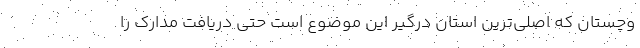
وچستان که اصلی‌ترین استان درگیر این موضوع است حتی دریافت مدارک را